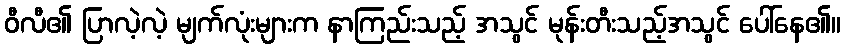
ဝီလီ၏ ပြာလဲ့လဲ့ မျက်လုံးများက နာကြည်းသည့် အသွင် မုန်းတီးသည့်အသွင် ပေါ်နေ၏။